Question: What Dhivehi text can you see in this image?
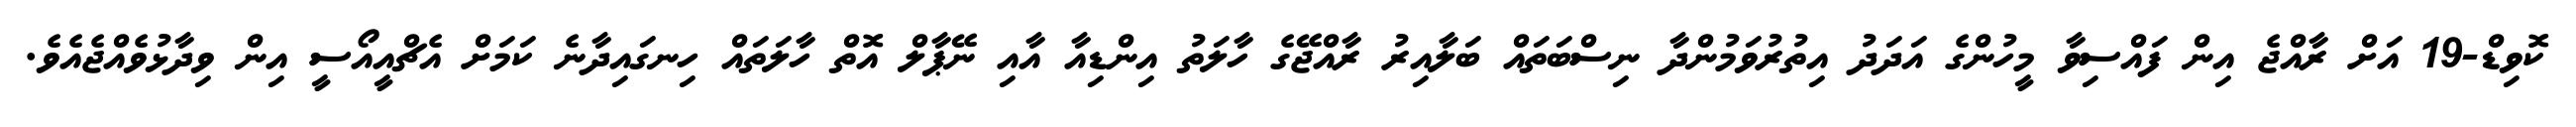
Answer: ކޮވިޑް-19 އަށް ރާއްޖެ އިން ފައްސިވާ މީހުންގެ އަދަދު އިތުރުވަމުންދާ ނިސްބަތައް ބަލާއިރު ރާއްޖޭގެ ހާލަތު އިންޑިއާ އާއި ނޭޕާލް އޮތް ހާލަތައް ހިނގައިދާނެ ކަމަށް އެޗްއީއޯސީ އިން ވިދާޅުވެއްޖެއެވެ.